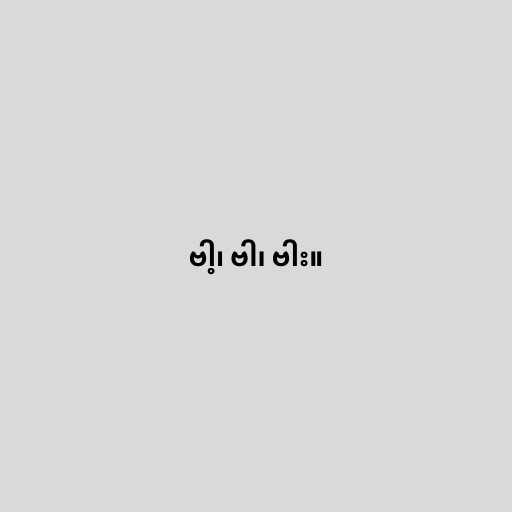
ဗါ့၊ ဗါ၊ ဗါး။